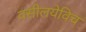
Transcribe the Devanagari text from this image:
वसीलयेविच